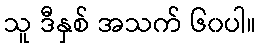
သူ ဒီနှစ် အသက် ၆၀ပါ။